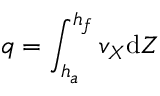
q = \int _ { h _ { a } } ^ { h _ { f } } v _ { X } \mathrm { d } Z